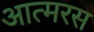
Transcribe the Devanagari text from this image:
आत्मरस